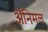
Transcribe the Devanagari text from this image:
अॅनिमल